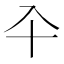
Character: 𠓝